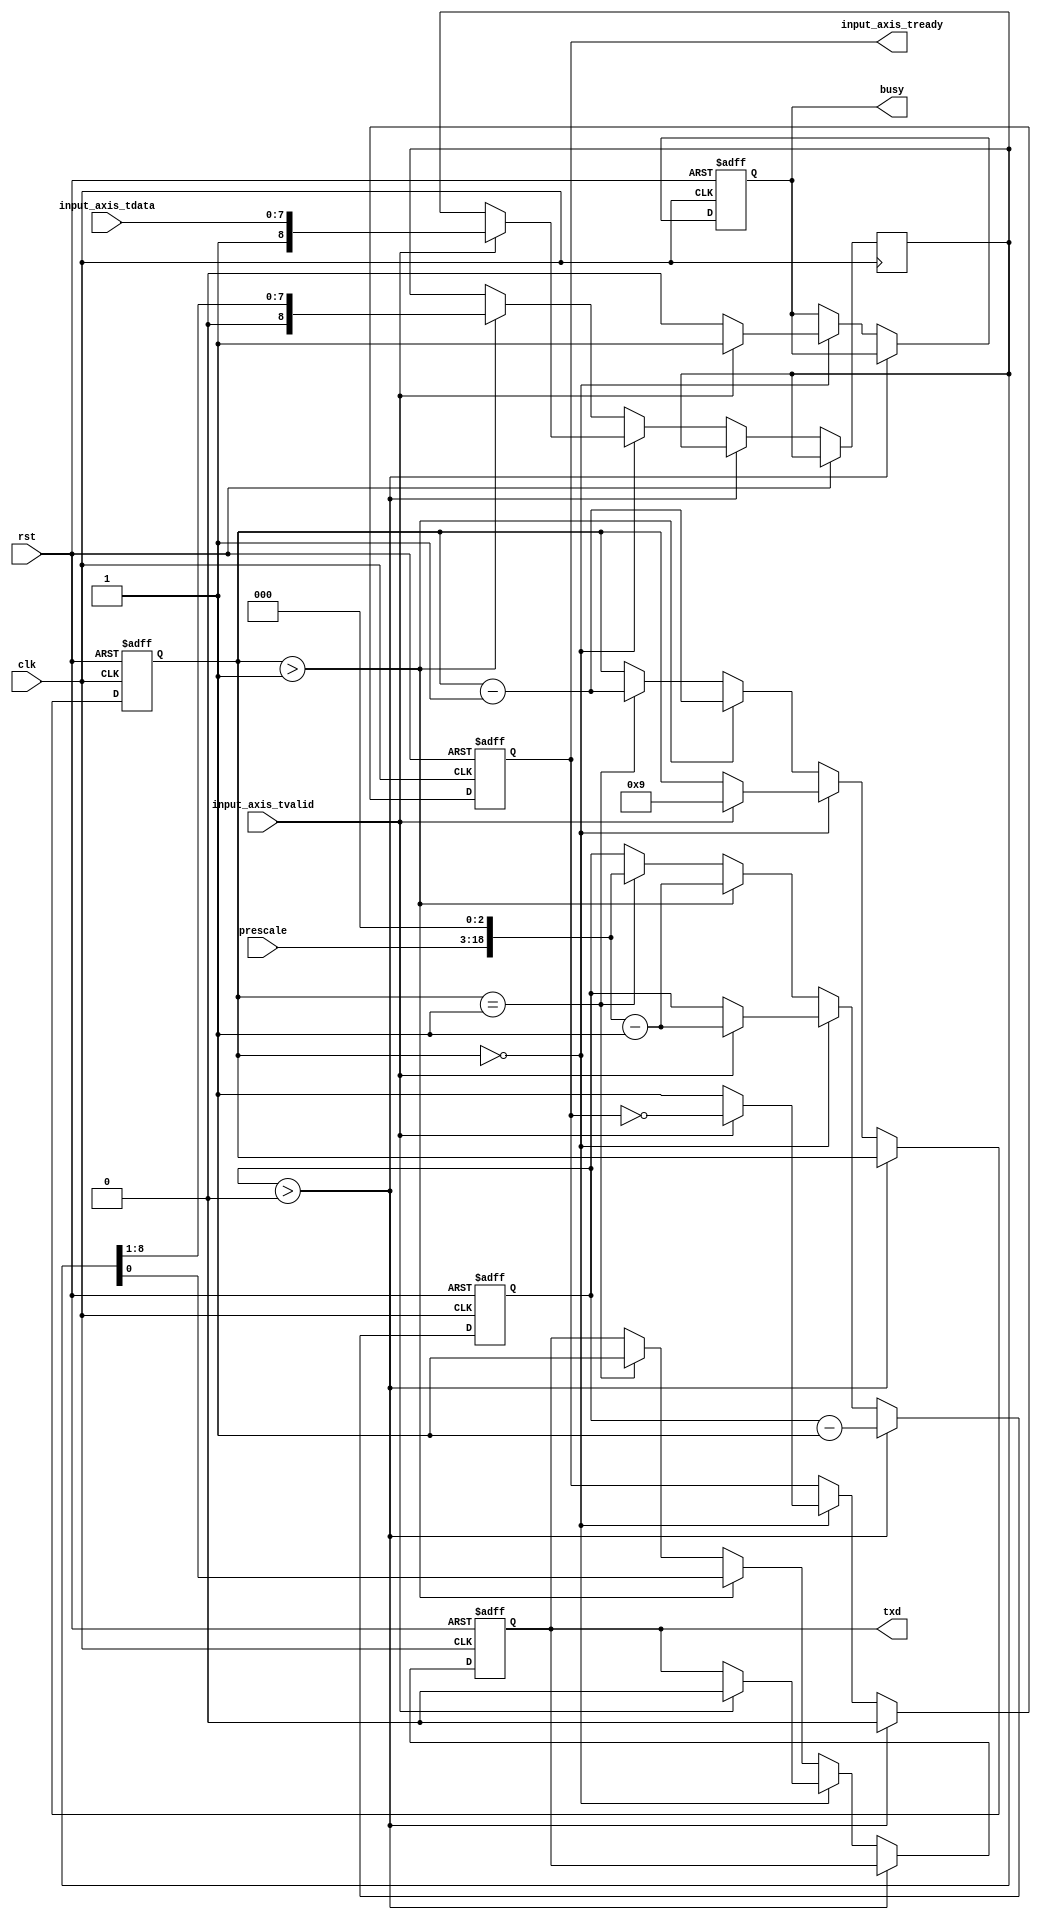
module uart_tx_1 #
(
    parameter DATA_WIDTH = 8
)
(
    input  wire                   clk,
    input  wire                   rst,
    input  wire [DATA_WIDTH-1:0]  input_axis_tdata,
    input  wire                   input_axis_tvalid,
    output wire                   input_axis_tready,
    output wire                   txd,
    output wire                   busy,
    input  wire [15:0]            prescale
);
reg input_axis_tready_reg = 0;
reg txd_reg = 1;
reg busy_reg = 0;
reg [DATA_WIDTH:0] data_reg = 0;
reg [18:0] prescale_reg = 0;
reg [3:0] bit_cnt = 0;
assign input_axis_tready = input_axis_tready_reg;
assign txd = txd_reg;
assign busy = busy_reg;
always @(posedge clk or posedge rst) begin
    if (rst) begin
        input_axis_tready_reg <= 0;
        txd_reg <= 1;
        prescale_reg <= 0;
        bit_cnt <= 0;
        busy_reg <= 0;
    end else begin
        if (prescale_reg > 0) begin
            input_axis_tready_reg <= 0;
            prescale_reg <= prescale_reg - 1;
        end else if (bit_cnt == 0) begin
            input_axis_tready_reg <= 1;
            busy_reg <= 0;
            if (input_axis_tvalid) begin
                input_axis_tready_reg <= ~input_axis_tready_reg;
                prescale_reg <= (prescale << 3)-1;
                bit_cnt <= DATA_WIDTH+1;
                data_reg <= {1'b1, input_axis_tdata};
                txd_reg <= 0;
                busy_reg <= 1;
            end
        end else begin
            if (bit_cnt > 1) begin
                bit_cnt <= bit_cnt - 1;
                prescale_reg <= (prescale << 3)-1;
                {data_reg, txd_reg} <= {1'b0, data_reg};
            end else if (bit_cnt == 1) begin
                bit_cnt <= bit_cnt - 1;
                prescale_reg <= (prescale << 3);
                txd_reg <= 1;
            end
        end
    end
end
endmodule